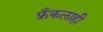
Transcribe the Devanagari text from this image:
फ्रँकलाही